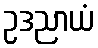
ဥဒညာယံ